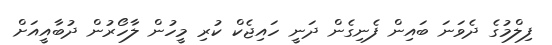
ފިލްމުގެ ދެވަނަ ބައިން ފެނިގެން ދަނީ ހައިޖެކް ކުރި މީހުން ލާހޯރުން ދުބާއީއަށް